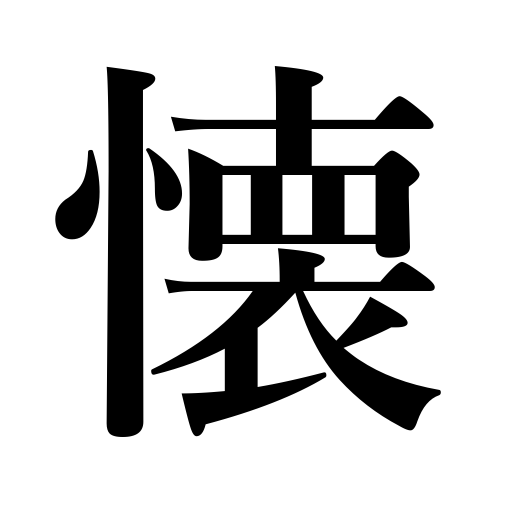
Meanings: yearning for,feeling,purse,dear,yearn for,win over,heart,breast,pocket,miss someone,become attached to,win another’s heart,longed-for,bosom